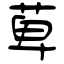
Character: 萆